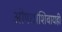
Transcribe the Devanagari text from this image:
औषधांशिवायही